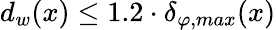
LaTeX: d_{w}(x)\leq 1.2\cdot\delta_{\varphi,max}(x)